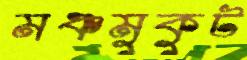
মঞ্চমুকুট